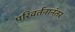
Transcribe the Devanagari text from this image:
परिवर्तनानंतर